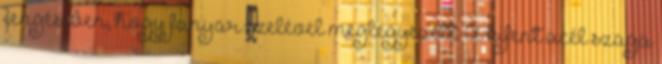
lengésében, hogy fanyar szelével meglegyezett. A kifent acél szaga